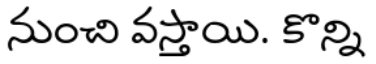
నుంచి వస్తాయి. కొన్ని